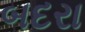
બદરા